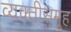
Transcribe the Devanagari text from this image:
व्यक्तीसमूह